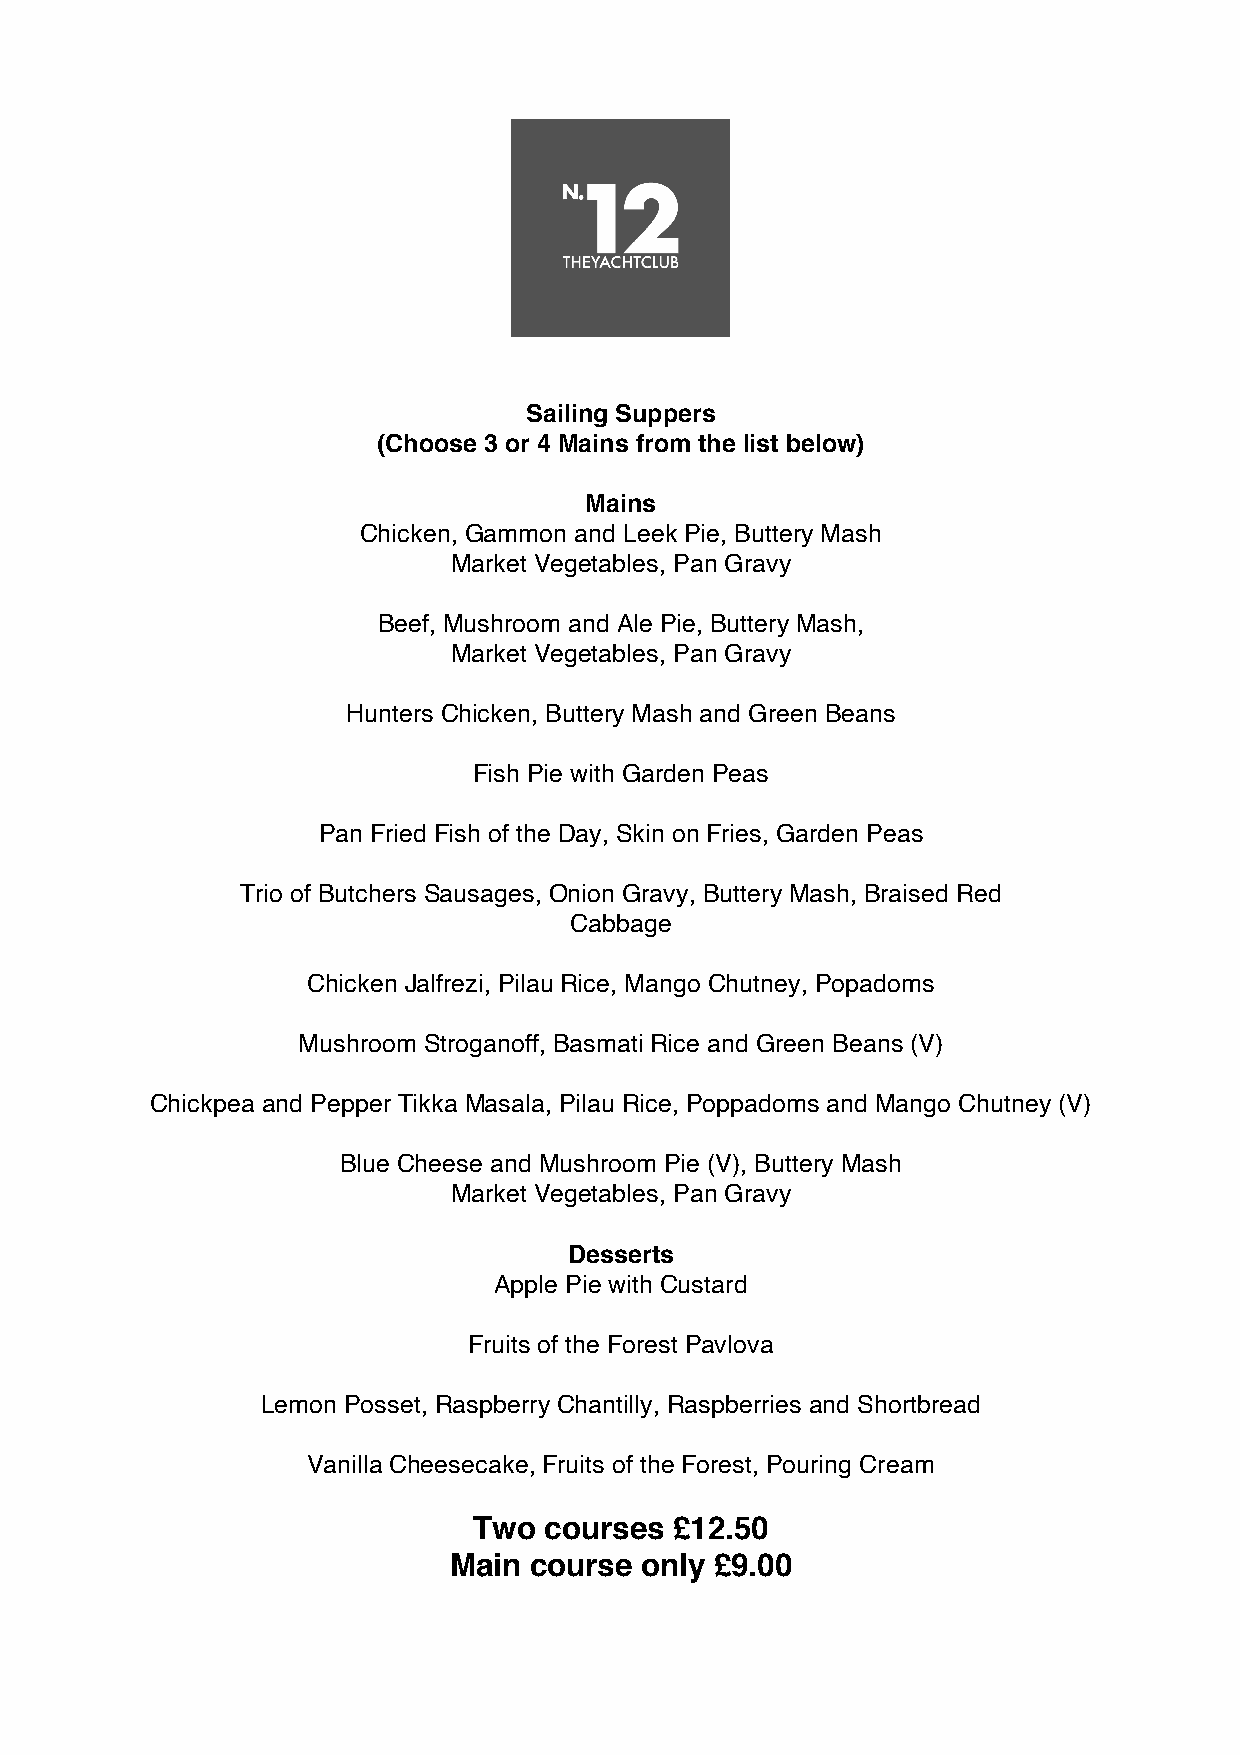
Sailing Suppers
 (Choose 3 or 4 Mains from the list below)
 Mains
 Chicken, Gammon and Leek Pie, Buttery Mash
 Market Vegetables, Pan Gravy
 Beef, Mushroom and Ale Pie, Buttery Mash,
 Market Vegetables, Pan Gravy
 Hunters Chicken, Buttery Mash and Green Beans
 Fish Pie with Garden Peas
 Pan Fried Fish of the Day, Skin on Fries, Garden Peas
 Trio of Butchers Sausages, Onion Gravy, Buttery Mash, Braised Red
 Cabbage
 Chicken Jalfrezi, Pilau Rice, Mango Chutney, Popadoms
 Mushroom Stroganoff, Basmati Rice and Green Beans (V)
 Chickpea and Pepper Tikka Masala, Pilau Rice, Poppadoms and Mango Chutney (V)
 Blue Cheese and Mushroom Pie (V), Buttery Mash
 Market Vegetables, Pan Gravy
 Desserts
 Apple Pie with Custard
 Fruits of the Forest Pavlova
 Lemon Posset, Raspberry Chantilly, Raspberries and Shortbread
 Vanilla Cheesecake, Fruits of the Forest, Pouring Cream
 Two  courses  £12.50
 Main course only £9.00!